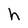
Character: h